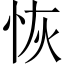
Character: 恢